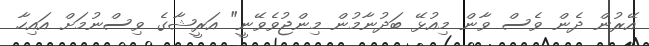
އޭރުން ދެން ވެސް ވާން މިއުޅޭ ބަދުނާމުން މިންޖުވެވޭނީ" އަރީޝާގެ ވިސްނުމަށް އައިހާ